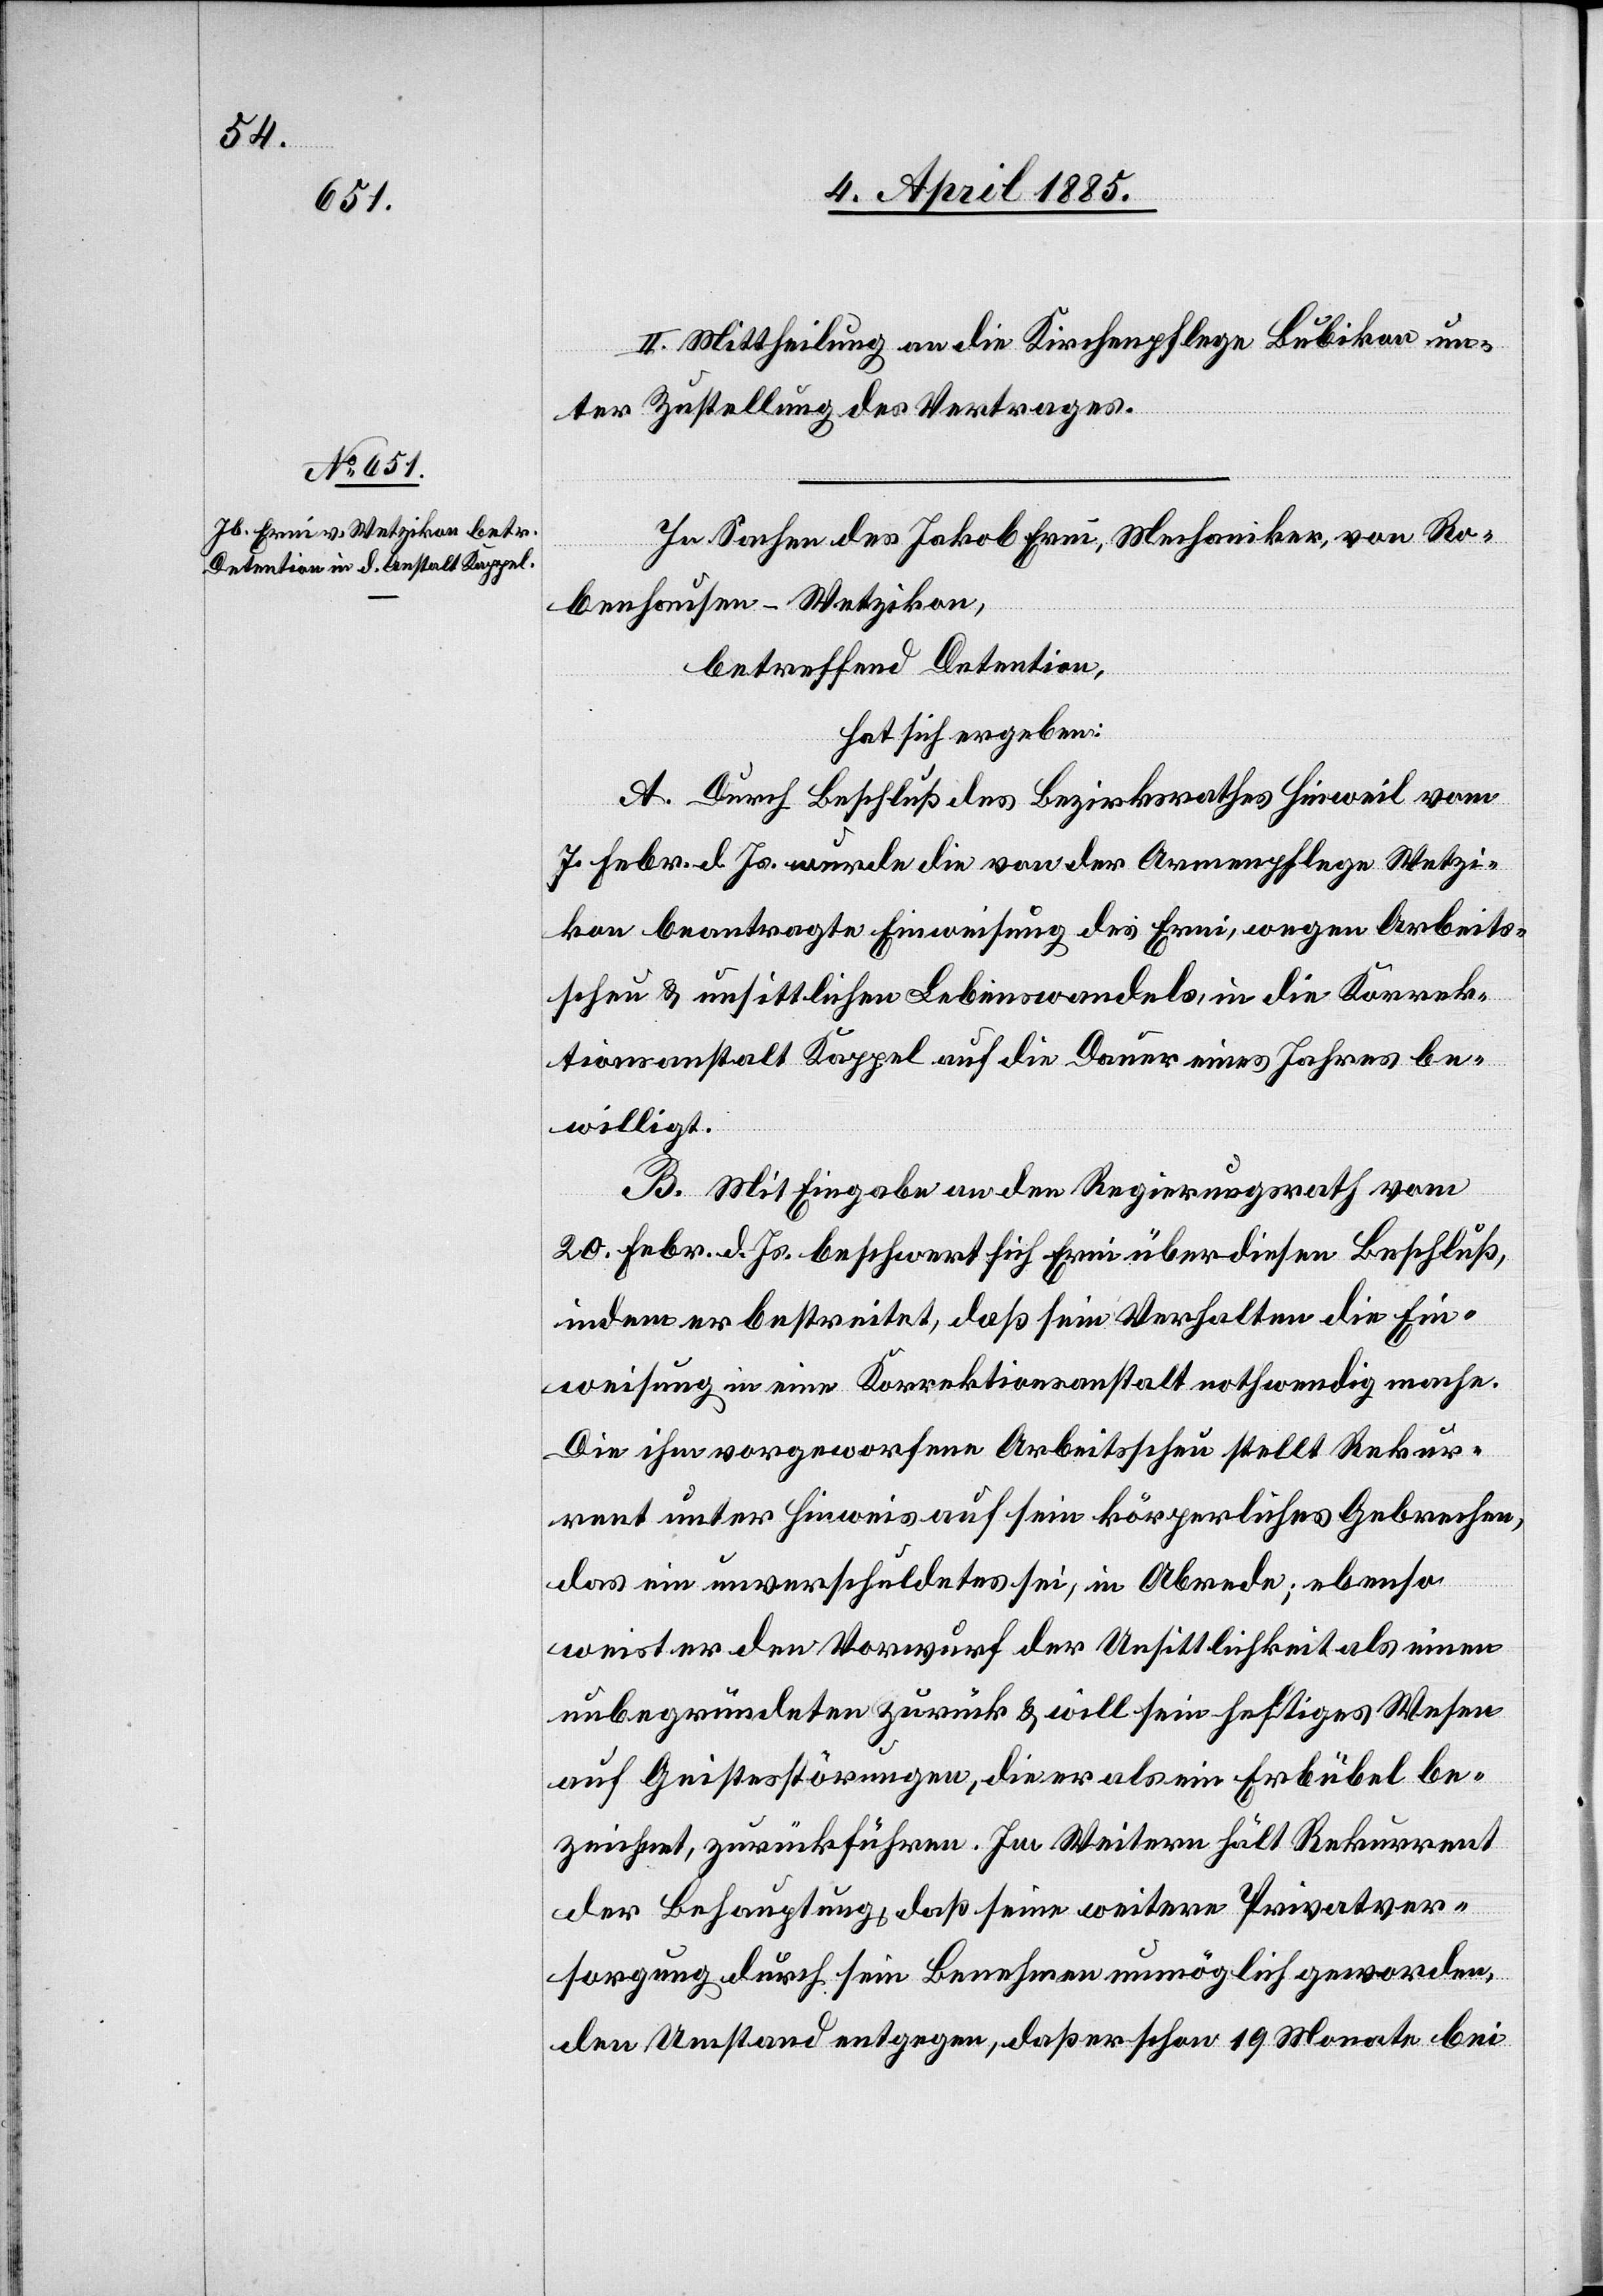
Hotz.

II. Mittheilung an die Kirchenpflege Bubikon un¬
ter Zustellung des Vertrages.
In Sachen des Jakob Erni, Mechaniker, von Ro¬
benhausen - Wetzikon,
betreffend Detention,
hat sich ergeben:
A. Durch Beschluß des Bezirksrathes Hinweil vom
7. Febr. d. Js. wurde die von der Armenpflege Wetzi¬
kon beantragte Einweisung des Erni, wegen Arbeits¬
scheu & unsittlichen Lebenswandels, in die Korrek¬
tionsanstalt Kappel auf die Dauer eines Jahres be¬
willigt.
B. Mit Eingabe an den Regierungsrath vom
20. Febr. d. Js. beschwert sich Erni über diesen Beschluß,
indem er bestreitet, daß sein Verhalten die Ein¬
weisung in eine Korrektionsanstalt nothwendig mache.
Die ihm vorgeworfene Arbeitsscheu stellt Rekur¬
rent unter Hinweis auf sein körperliches Gebrechen,
das ein unverschuldetes sei, in Abrede; ebenso
weist er den Vorwurf der Unsittlichkeit als einen
unbegründeten zurück & will sein heftiges Wesen
auf Geistesstörungen, die er als ein Erbübel be¬
zeichnet, zurückführen. Im Weitern hält Rekurrent
Jb.
der Behauptung, daß seine weitere Privatver¬
sorgung durch sein Benehmen unmöglich geworden,
den Umstand entgegen, daß er schon 19 Monate bei